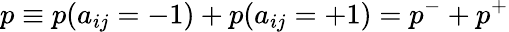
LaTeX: p\equiv p(a_{ij}=-1)+p(a_{ij}=+1)=p^{-}+p^{+}